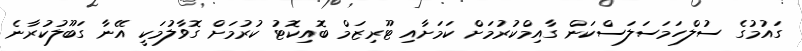
ގައުމުގެ ސުލްހަމަސަލަސްކަން ގާއިމްކުރުމަށް ކަމަށާއި ޓޫރިޒަމް ބޮއިކޮޓު ކުރުމަށް ގޮވާލުމަކީ އޭނާ ގަބޫލުކުރާނެ